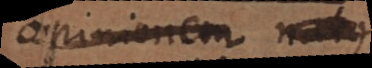
opinionem in